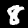
Digit: 8